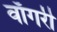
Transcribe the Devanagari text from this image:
वाँगरी